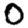
Digit: 0